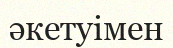
әкетуімен